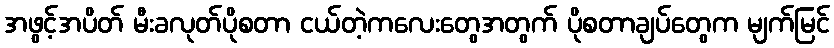
အဖွင့်အပိတ် မီးခလုတ်ပိုစတာ ငယ်တဲ့ကလေးတွေအတွက် ပိုစတာချပ်တွေက မျက်မြင်